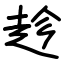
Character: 趁